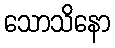
သောသိနော